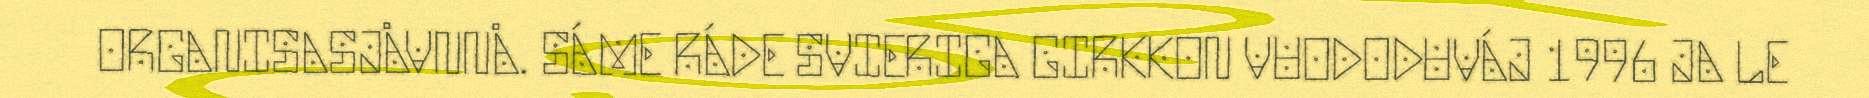
ORGANISASJÅVNNÅ. SÁME RÁDE SVIERIGA GIRKKON VUODODUVÁJ 1996 JA LE